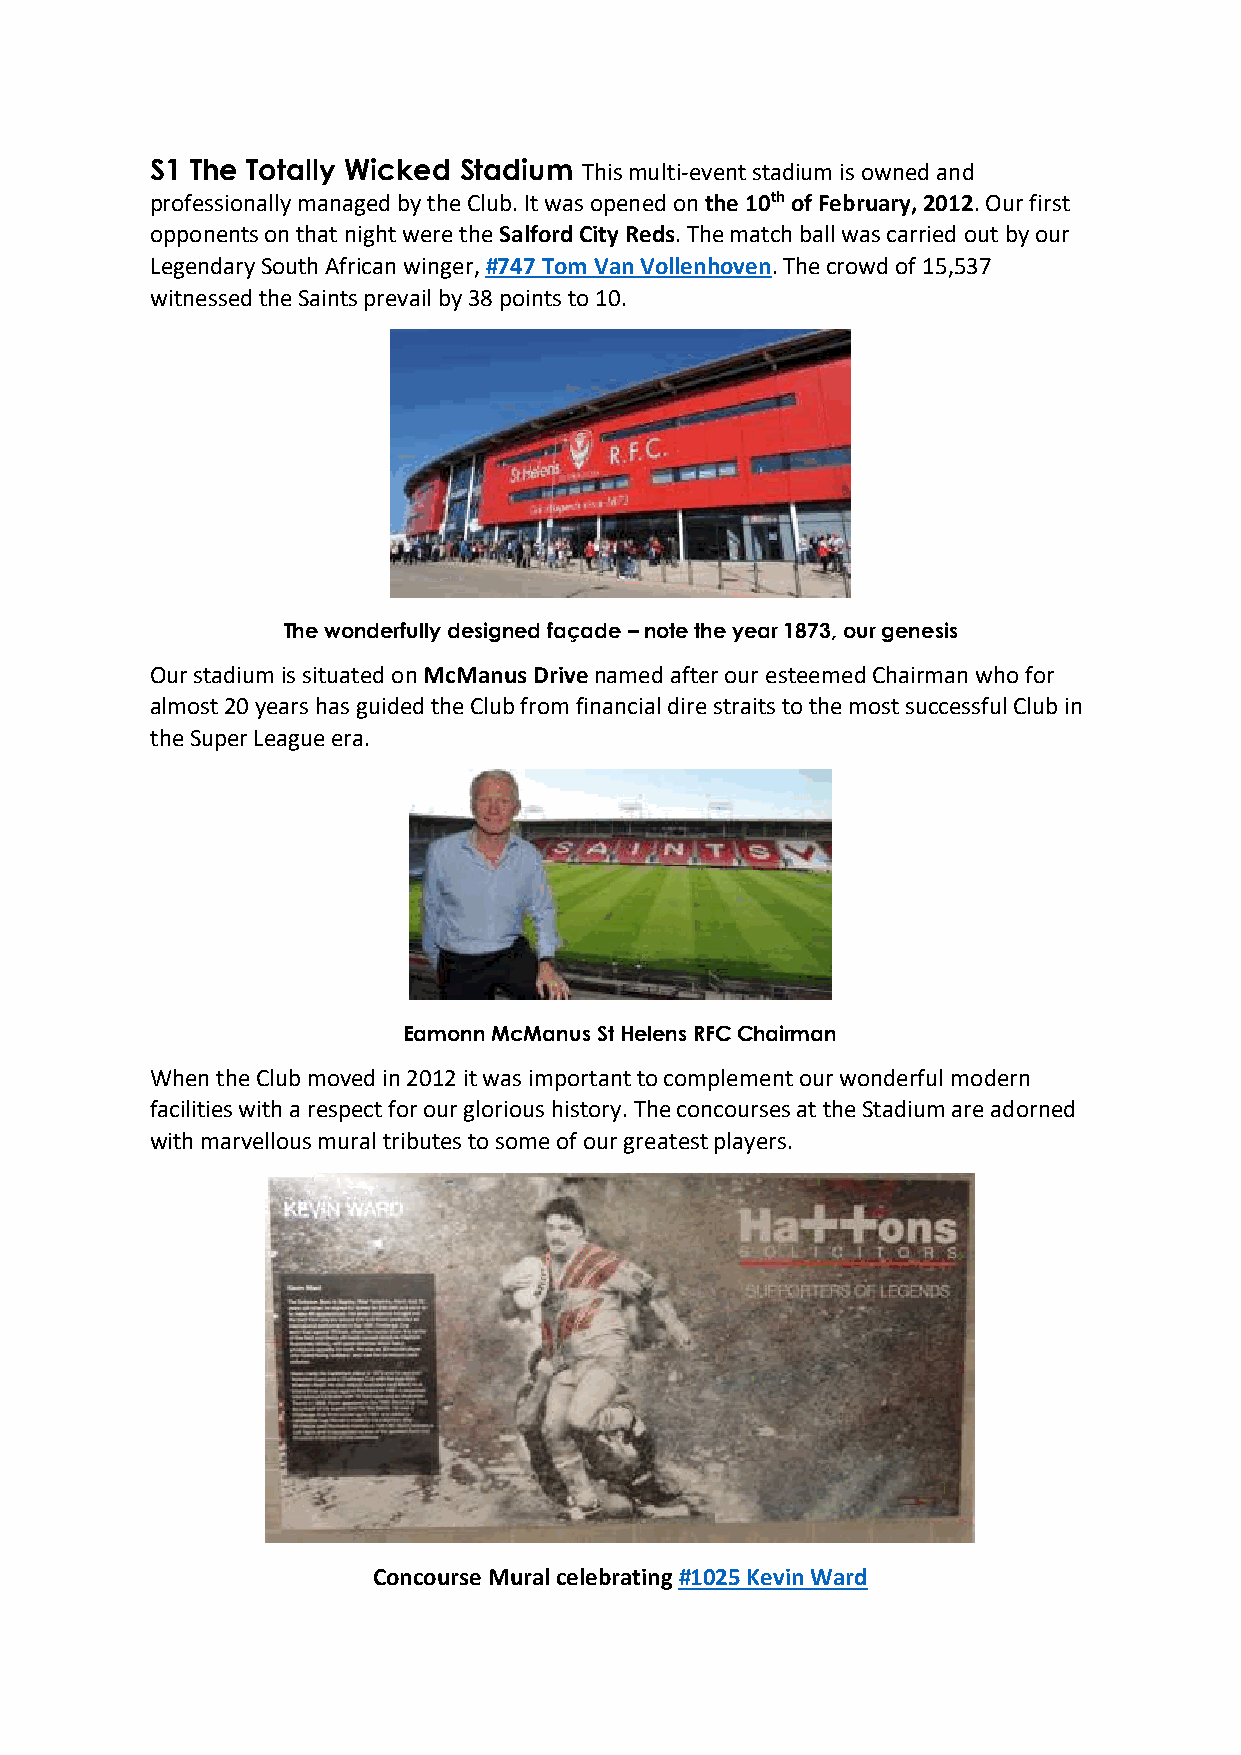
S1 The Totally Wicked Stadium This multi-event stadium is owned and
 professionally managed by the Club. It was opened on the 10th of February, 2012. Our first
 opponents on that night were the Salford City Reds. The match ball was carried out by our
 Legendary South African winger, #747 Tom Van Vollenhoven. The crowd of 15,537
 witnessed the Saints prevail by 38 points to 10.
 The wonderfully designed façade – note the year 1873, our genesis
 Our stadium is situated on McManus Drive named after our esteemed Chairman who for
 almost 20 years has guided the Club from financial dire straits to the most successful Club in
 the Super League era.
 Eamonn McManus St Helens RFC Chairman
 When the Club moved in 2012 it was important to complement our wonderful modern
 facilities with a respect for our glorious history. The concourses at the Stadium are adorned
 with marvellous mural tributes to some of our greatest players.
 Concourse Mural celebrating #1025 Kevin Ward